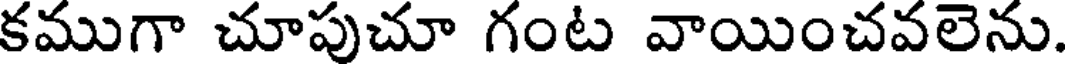
కముగా చూపుచూ గంట వాయించవలెను.